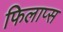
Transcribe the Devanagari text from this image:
फिलाप्स